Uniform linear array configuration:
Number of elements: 64
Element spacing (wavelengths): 0.75
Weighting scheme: binomial
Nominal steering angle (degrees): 15
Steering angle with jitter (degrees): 15.28
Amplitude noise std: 0.05
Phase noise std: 0.05

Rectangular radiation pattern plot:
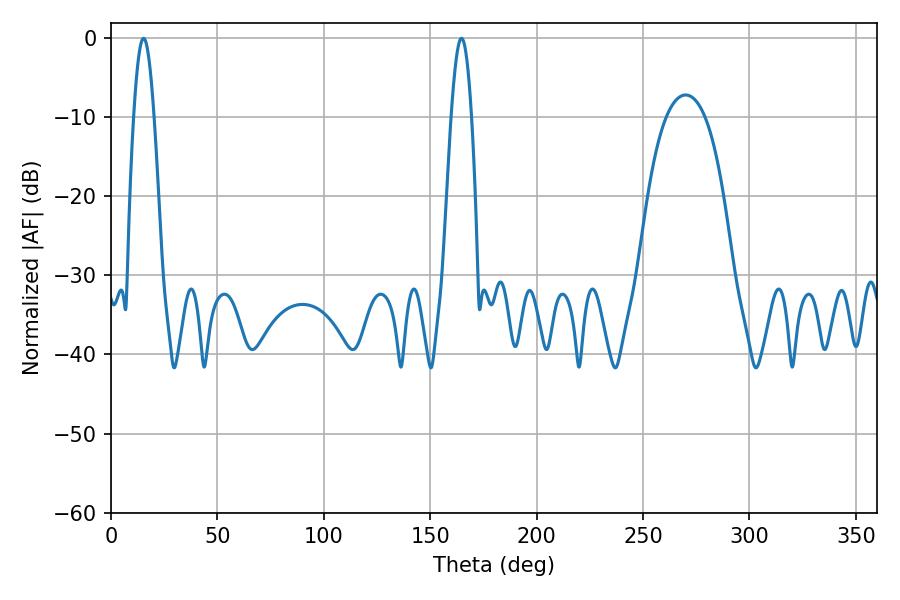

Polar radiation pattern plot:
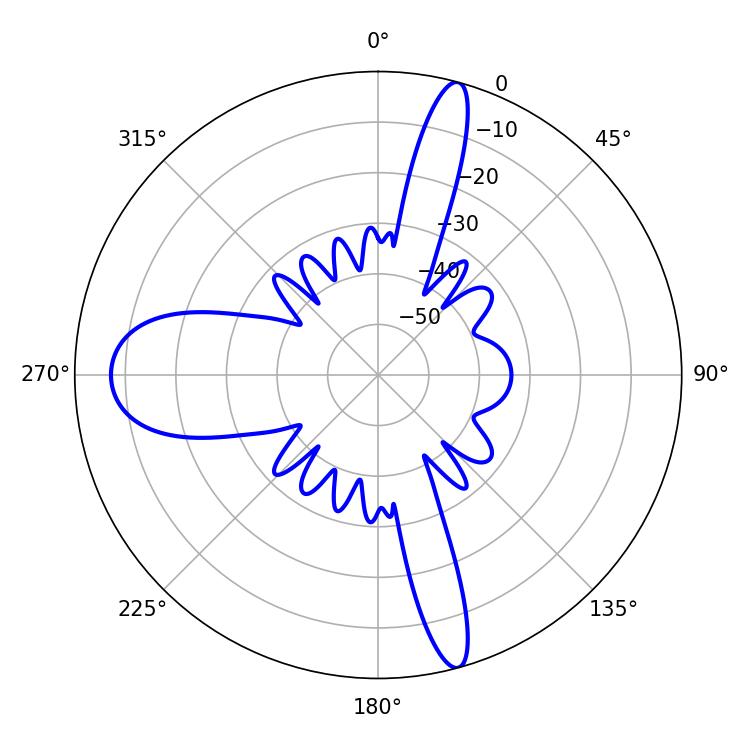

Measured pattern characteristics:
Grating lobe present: TRUE
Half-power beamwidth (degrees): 5.04
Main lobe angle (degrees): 15.3